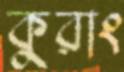
কুরাং